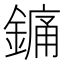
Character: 𨪞